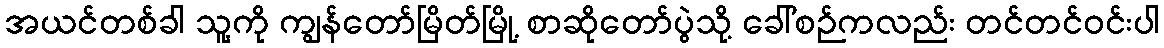
အယင်တစ်ခါ သူ့ကို ကျွန်တော်မြိတ်မြို့ စာဆိုတော်ပွဲသို့ ခေါ်စဉ်ကလည်း တင်တင်ဝင်းပါ